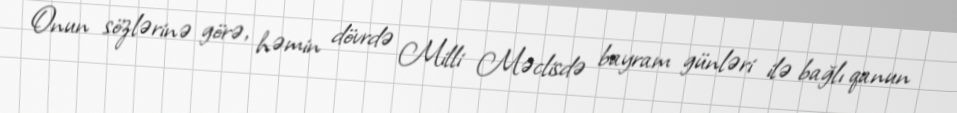
Onun sözlərinə görə, həmin dövrdə Milli Məclisdə bayram günləri ilə bağlı qanun